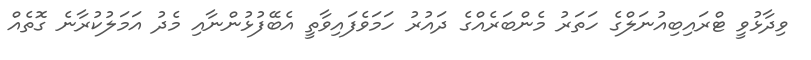
ވިދާޅުވީ ޓްރައިބިއުނަލްގެ ހަތަރު މެންބަރެއްގެ ދައުރު ހަމަވެފައިވާތީ އެބޭފުޅުންނާއި މެދު އަމަލުކުރާނެ ގޮތެއް